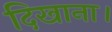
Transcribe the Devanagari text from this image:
दिखाना।